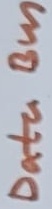
Text: Data Bus